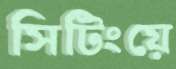
সিটিংয়ে